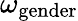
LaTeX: \omega_{\mathrm{gender}}